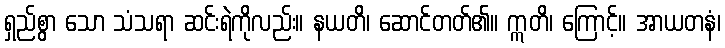
ရှည်စွာ သော သံသရာ ဆင်းရဲကိုလည်း။ နယတိ၊ ဆောင်တတ်၏။ ဣတိ၊ ကြောင့်။ အာယတနံ၊